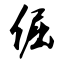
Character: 倔